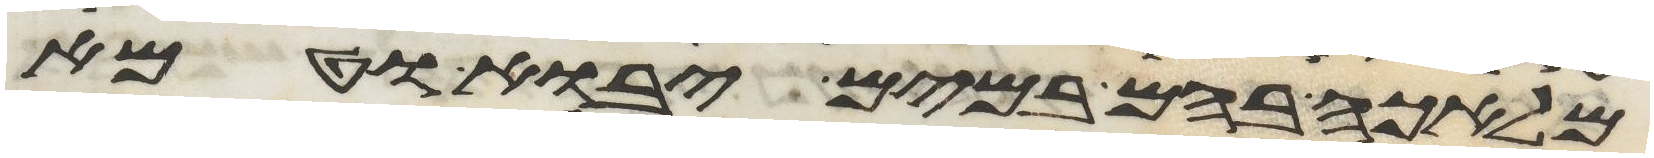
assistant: מלאכה בהם במים יבוא וטמא